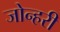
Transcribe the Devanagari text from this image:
जोन्हरी